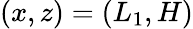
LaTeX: (x,z)=(L_{1},H)